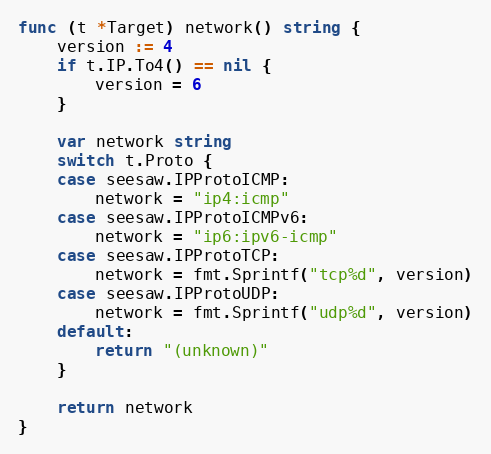
Language: Go
func (t *Target) network() string {
	version := 4
	if t.IP.To4() == nil {
		version = 6
	}

	var network string
	switch t.Proto {
	case seesaw.IPProtoICMP:
		network = "ip4:icmp"
	case seesaw.IPProtoICMPv6:
		network = "ip6:ipv6-icmp"
	case seesaw.IPProtoTCP:
		network = fmt.Sprintf("tcp%d", version)
	case seesaw.IPProtoUDP:
		network = fmt.Sprintf("udp%d", version)
	default:
		return "(unknown)"
	}

	return network
}